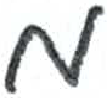
אות: מ